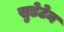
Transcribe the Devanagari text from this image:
सुडेटेन